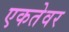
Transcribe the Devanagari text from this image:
एकतेवर